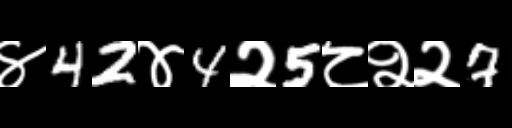
Text: ४42४4२5८२२7